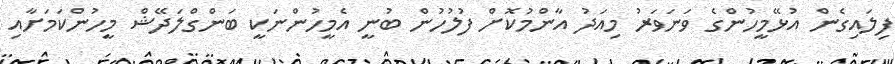
ފިލައިގެން އުޅޭމީހުންގެ ވަނަވަރު މިއަދު އާންމުކޮށް ފުލުހުން ބުނީ އެމީހުންނަކީ ބަންގްލަދޭޝް މީހުންކަމަށާއި